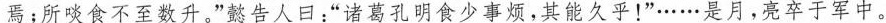
焉；所啖食不至数升。”懿告人口：”诸葛孔明食少事烦，其能久乎！”……是月，亮卒于军中。